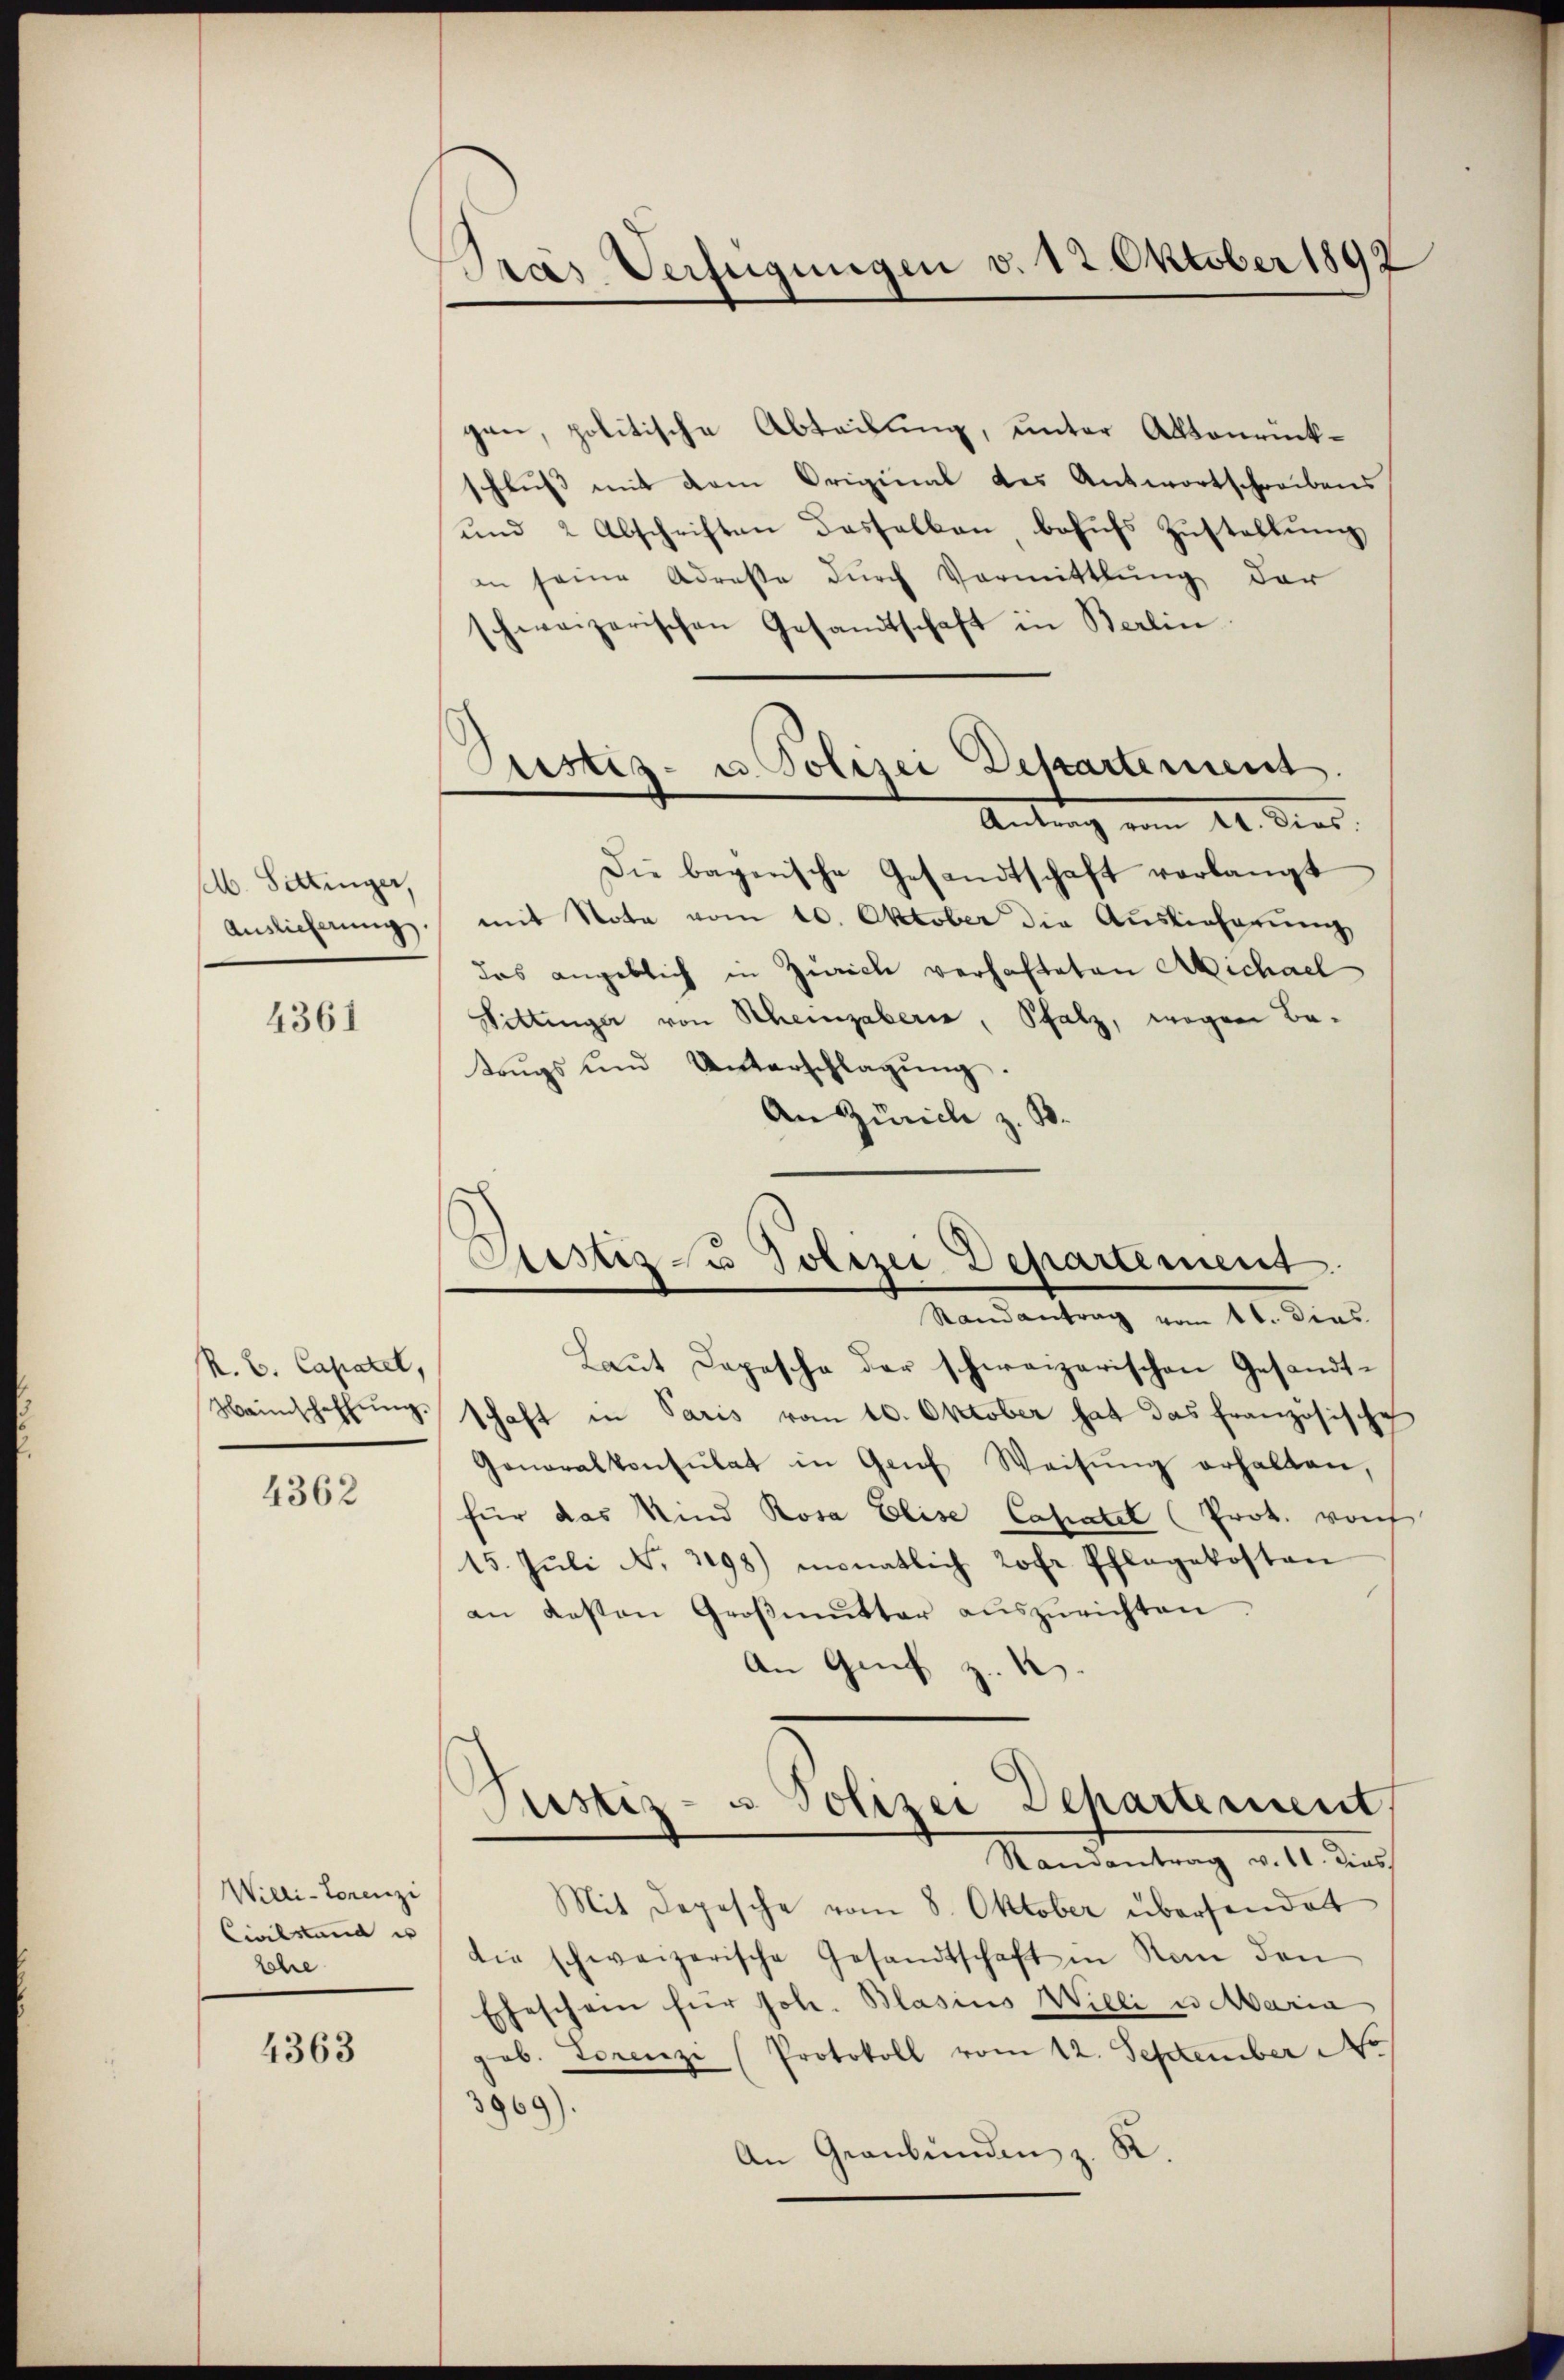
elb. Fettinger,
Auslieferung

4361

R. B. Capatel,

4362

Wietli-Torenzi
Civilstand is
lohre

4363

ras Verfügungen v. 12 Oktober 1892

gen, politische Abteilung, unter Aktonrückschluß mit dem Original des Antwortschreibens
und 2 Abschriften desselben behufs Zustellung
in seine Adresse dŭrch Vormittlung der
schweizerischen Gesandtschaft in Berlin
Die bagerische Gesandtschaft verlangt
mit Nota vom 10. Oktober die Auslieferung
das angeblich in Zürich verhafteten Michael
Fittinger von Scheingaber, Pfalz, wegen Bateŭgs und Unterschlagŭng.
An Zürich z. B.
Laut Depesche der schweizerischen Gesandt¬
Weinschaffŭng schaft in Paris vom 10. Oktober hat das französische
Generalkonsulat in Grŭf Weisŭng erhalten,
für das Kind Rosa Elise Casatel (Prok. von
15. Jŭli N. 3198) monatlich Rohr Pflegekosten
an Kosten Großmutter auszurichten
An Genf z.
Prustiz- u Polizei Departement,
Randantrag v. 11. dies
Mit Depesche vom 8. Oktober übersendet
die schweizerische Gesandtschaft in Kan den
Eheschein für Joh. Blasius Willi e Maria
gob. Lorenzi (Protokoll vom 12. September No
3969).
An Graubünden z. K

Justiz- u. Polizei Dekartement.
Antrag vom 11. Dies

Ptistiz- u Polizei Departement
Randantrag vom 16. dies